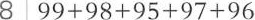
8 $$9 9 + 9 8 + 9 5 + 9 7 + 9 6$$